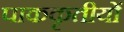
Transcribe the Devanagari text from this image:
पाककृतीयों